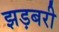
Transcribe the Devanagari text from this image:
झड़बरी